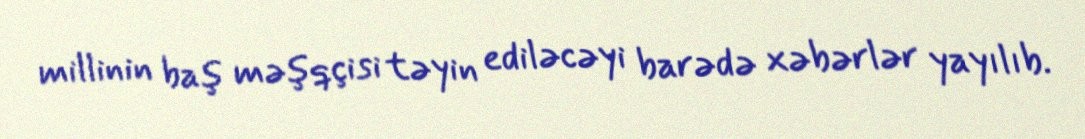
millinin baş məşqçisi təyin ediləcəyi barədə xəbərlər yayılıb.